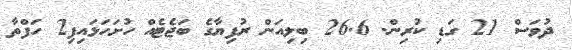
ދުވަސް 21 ގަޑި ކުރިން. 26.6 ބިލިއަން ރުފިޔާގެ ބަޖެޓެއް ހުށަހަޅައިފި2 ހަފްތާ